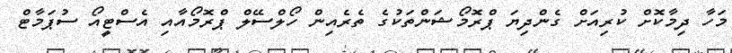
މަހާ ދިމާކޮށް ކުރިއަށް ގެންދިޔަ ޕްރޮމޯޝަންތަކުގެ ތެރެއިން ހޯލްސޭލް ޕްރޮމޯއާއި އެސްޓީއޯ ސުޕަމާޓް